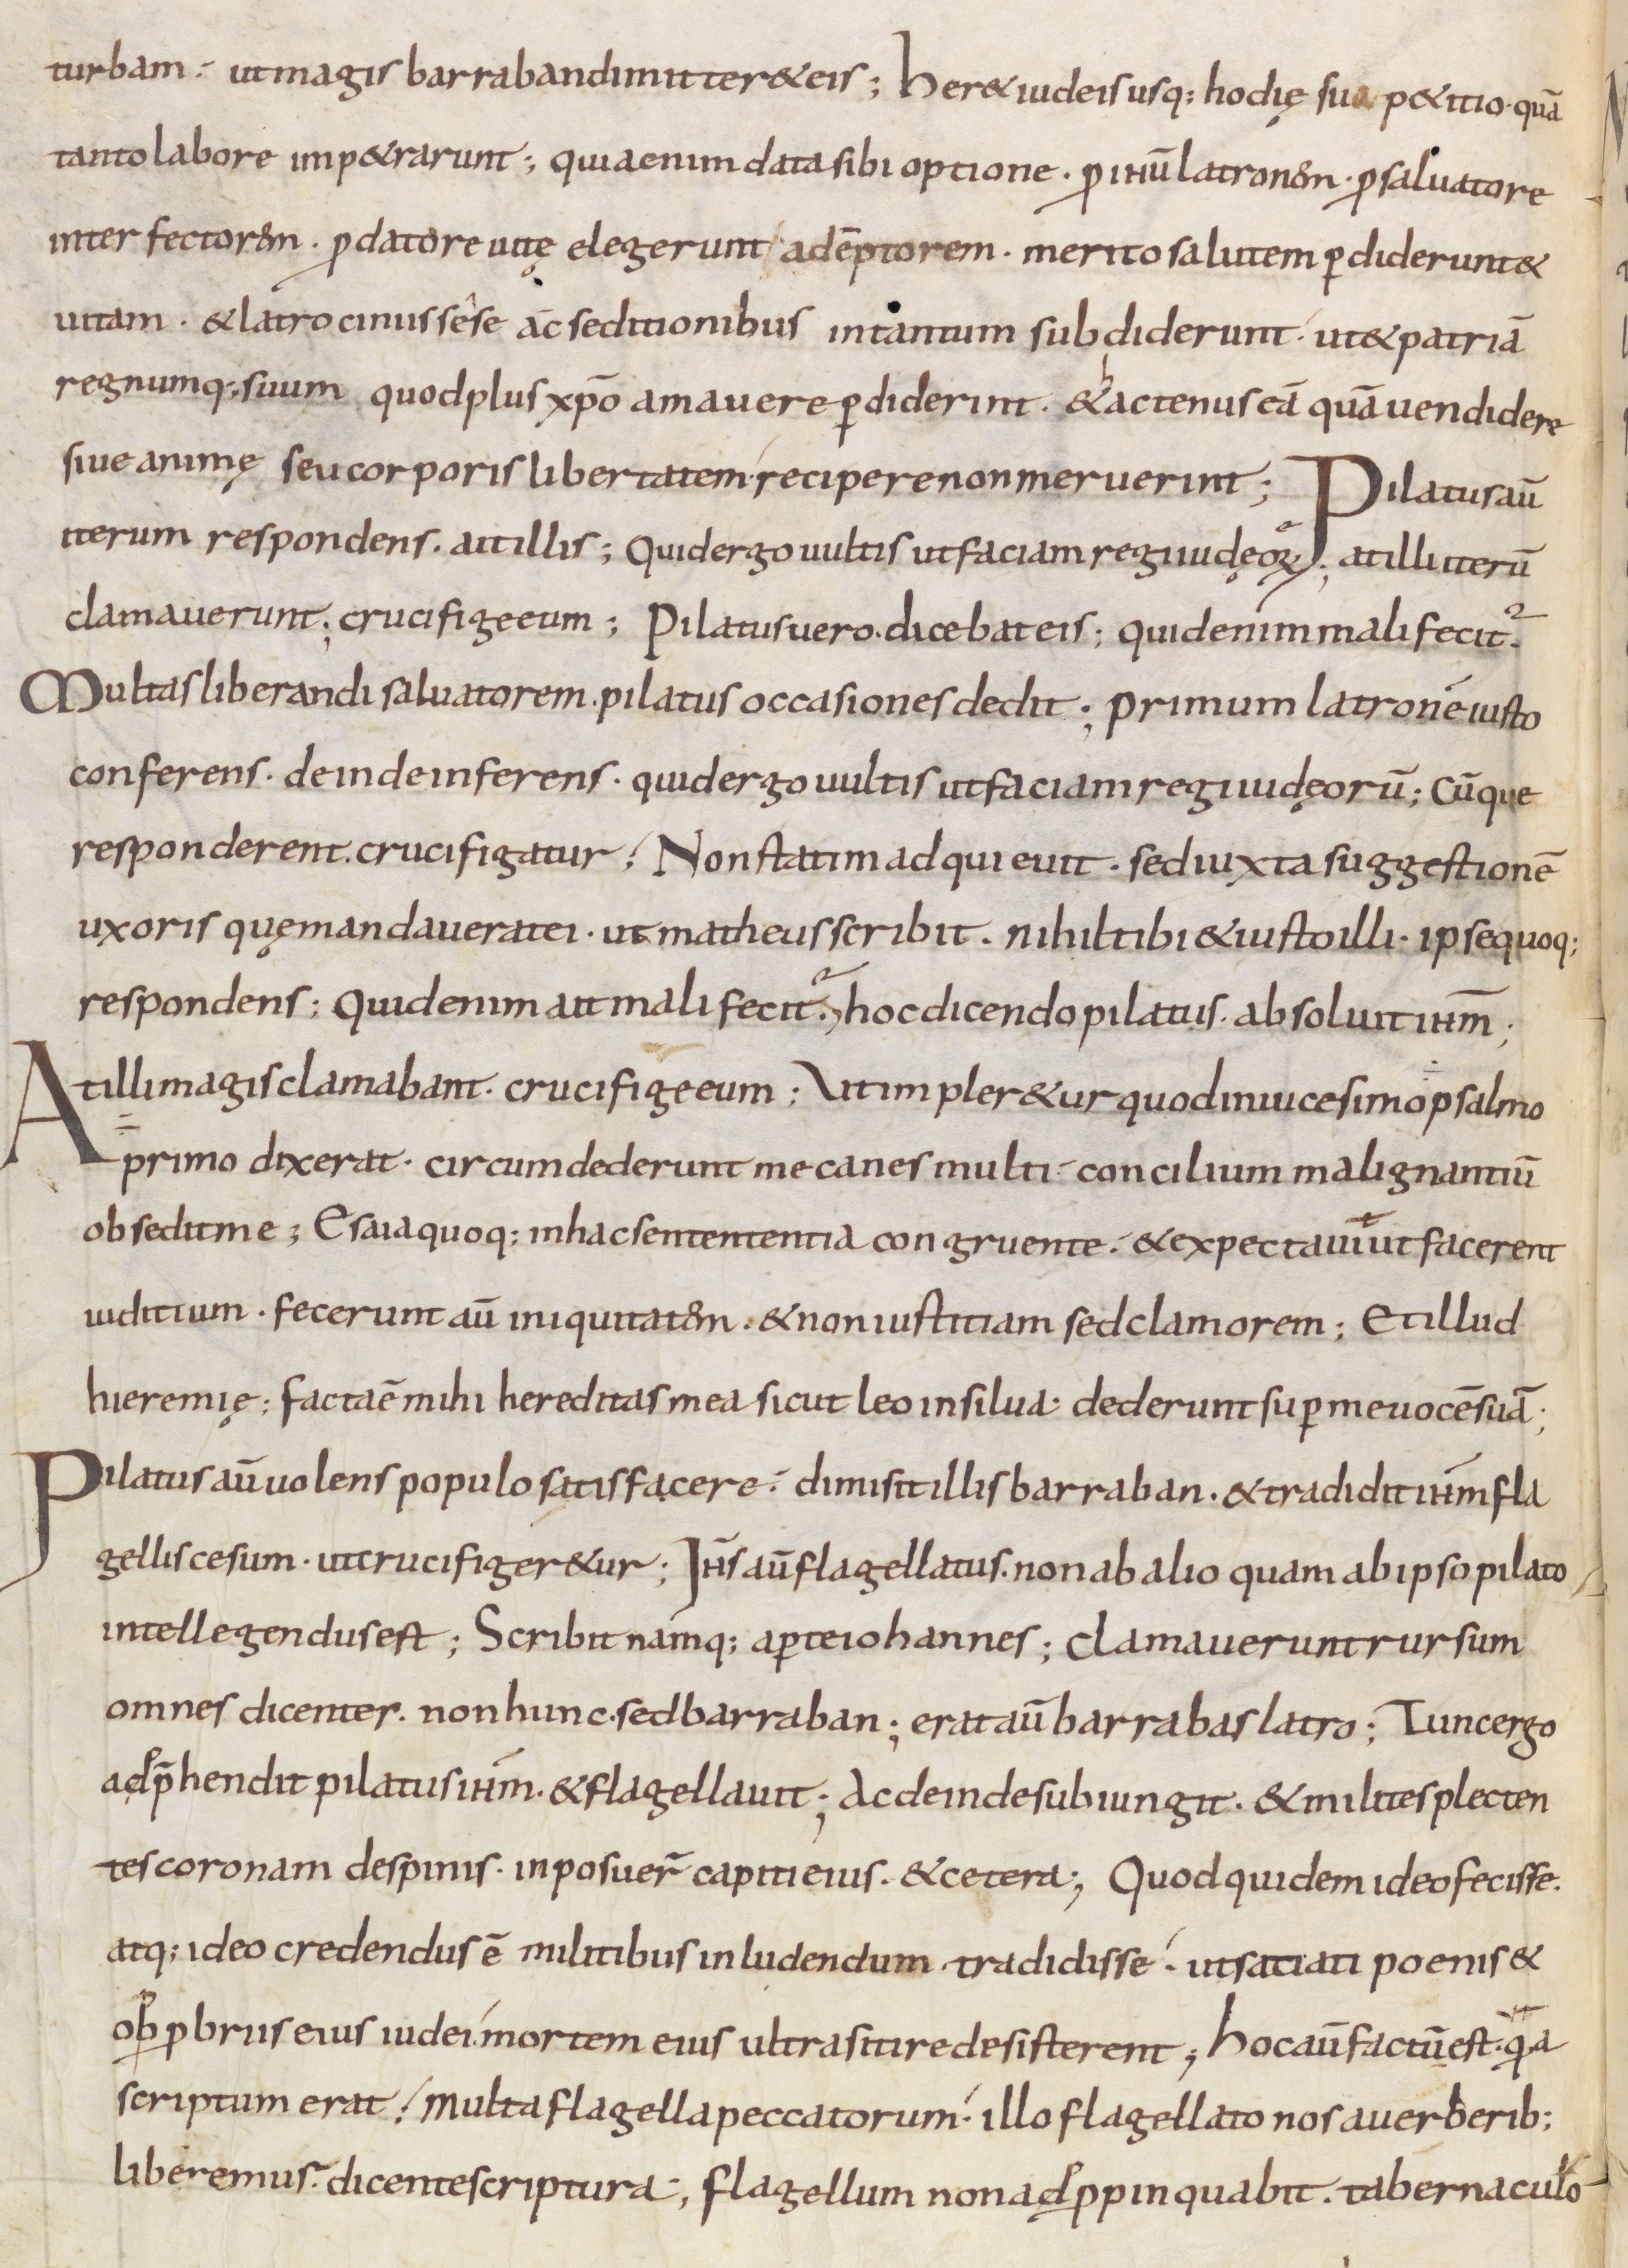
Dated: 800–899